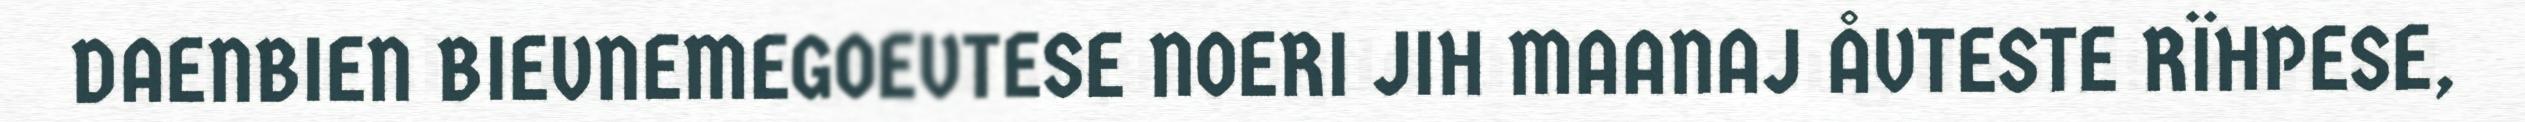
DAENBIEN BIEVNEMEGOEVTESE NOERI JIH MAANAJ ÅVTESTE RÏHPESE,